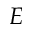
E